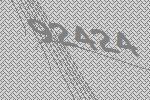
92424